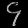
Digit: ၄